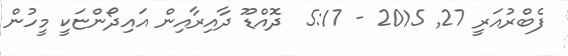
ފެބްރުއަރީ 27